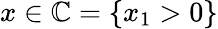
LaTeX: x\in\mathbb{C}=\{ x_{1}>0\}